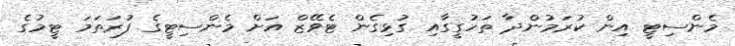
މެންސިޓީ އިން ކުރަމުންދާ ތަހުގީގާއި ގުޅިގެން ޓެވޭޒް އަށް މެންސިޓީގެ ފުރަތަމަ ޓީމުގެ